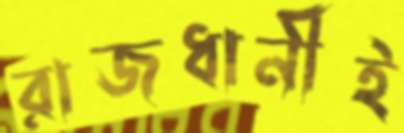
রাজধানীই